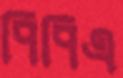
পিপিএ